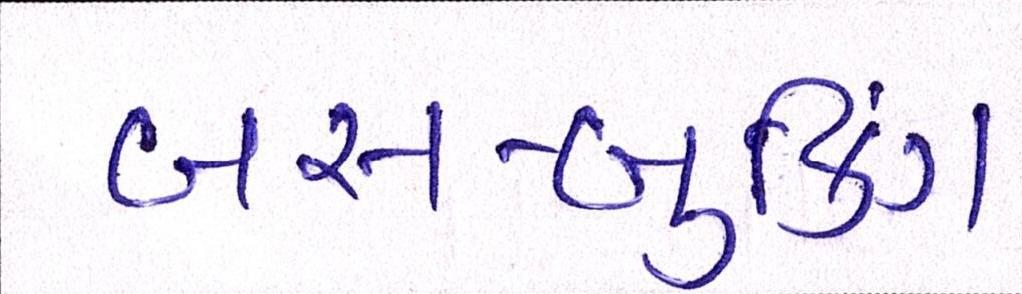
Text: બસ-બુકિંગ